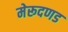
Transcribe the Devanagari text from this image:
मेरूदणड